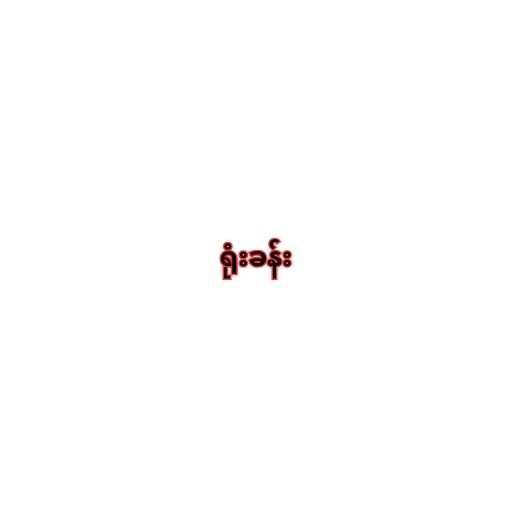
ရုံးခန်း